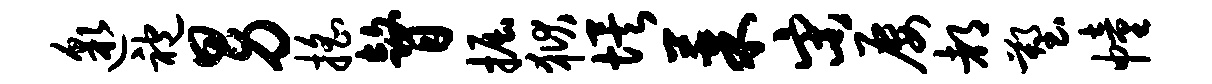
邈袍男摇瞽掘狱埃果宋屡都塑幢